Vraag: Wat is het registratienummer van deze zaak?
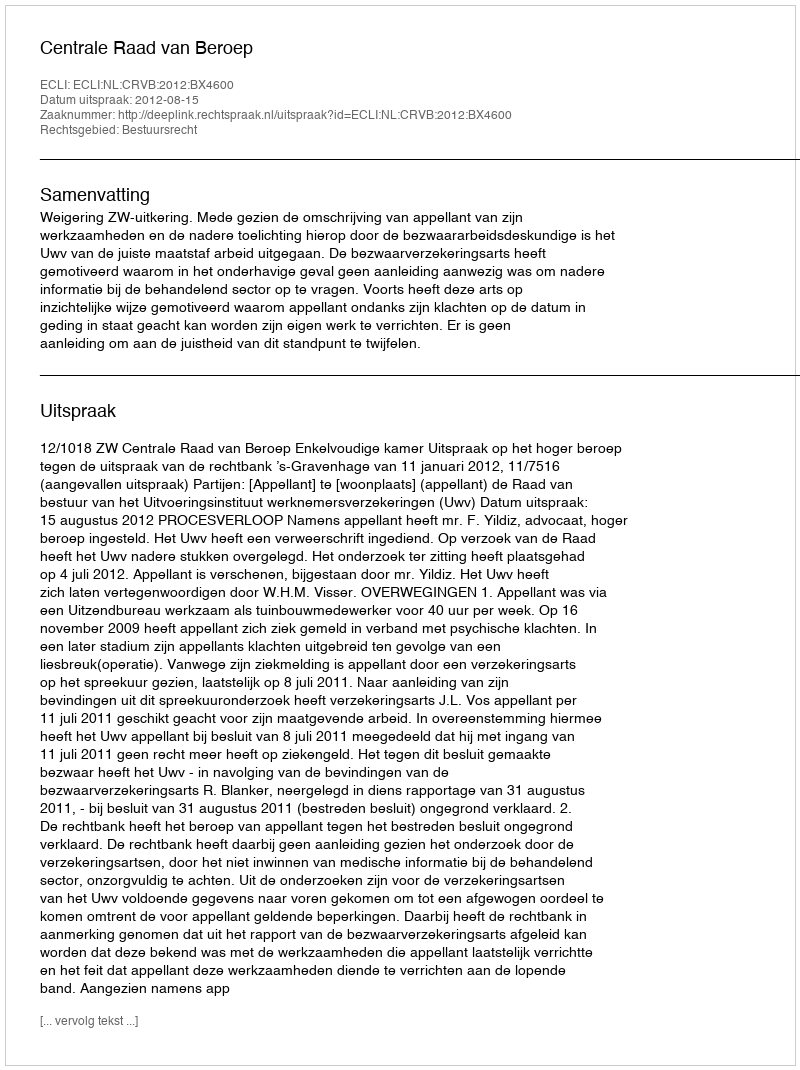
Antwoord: http://deeplink.rechtspraak.nl/uitspraak?id=ECLI:NL:CRVB:2012:BX4600